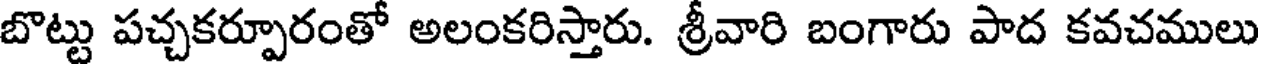
బొట్టు పచ్చకర్పూరంతో అలంకరిస్తారు. శ్రీవారి బంగారు పాద కవచములు